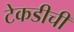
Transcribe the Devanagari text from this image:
टेकडीची